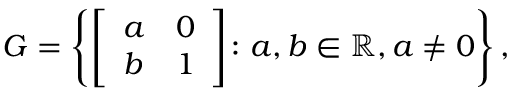
G = \left\{ { \left[ \begin{array} { l l } { a } & { 0 } \\ { b } & { 1 } \end{array} \right] } \colon a , b \in \mathbb { R } , a \neq 0 \right\} ,